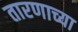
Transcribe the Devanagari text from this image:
तारणाच्या